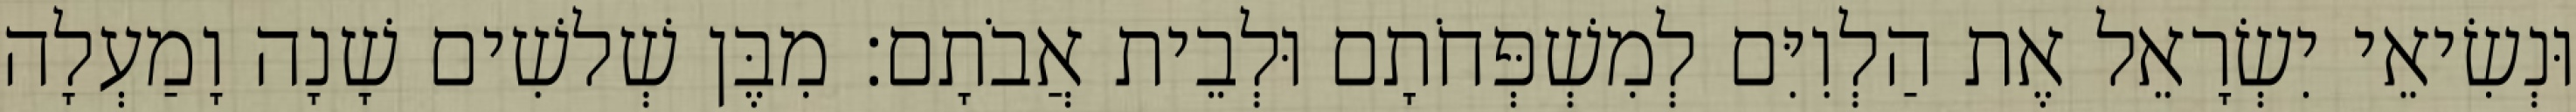
וּנְשִׂיאֵי יִשְׂרָאֵל אֶת הַלְוִיִּם לְמִשְׁפְּחֹתָם וּלְבֵית אֲבֹתָם׃ מִבֶּן שְׁלשִׁים שָׁנָה וָמַעְלָה